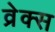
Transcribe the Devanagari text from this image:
व्रेक्स